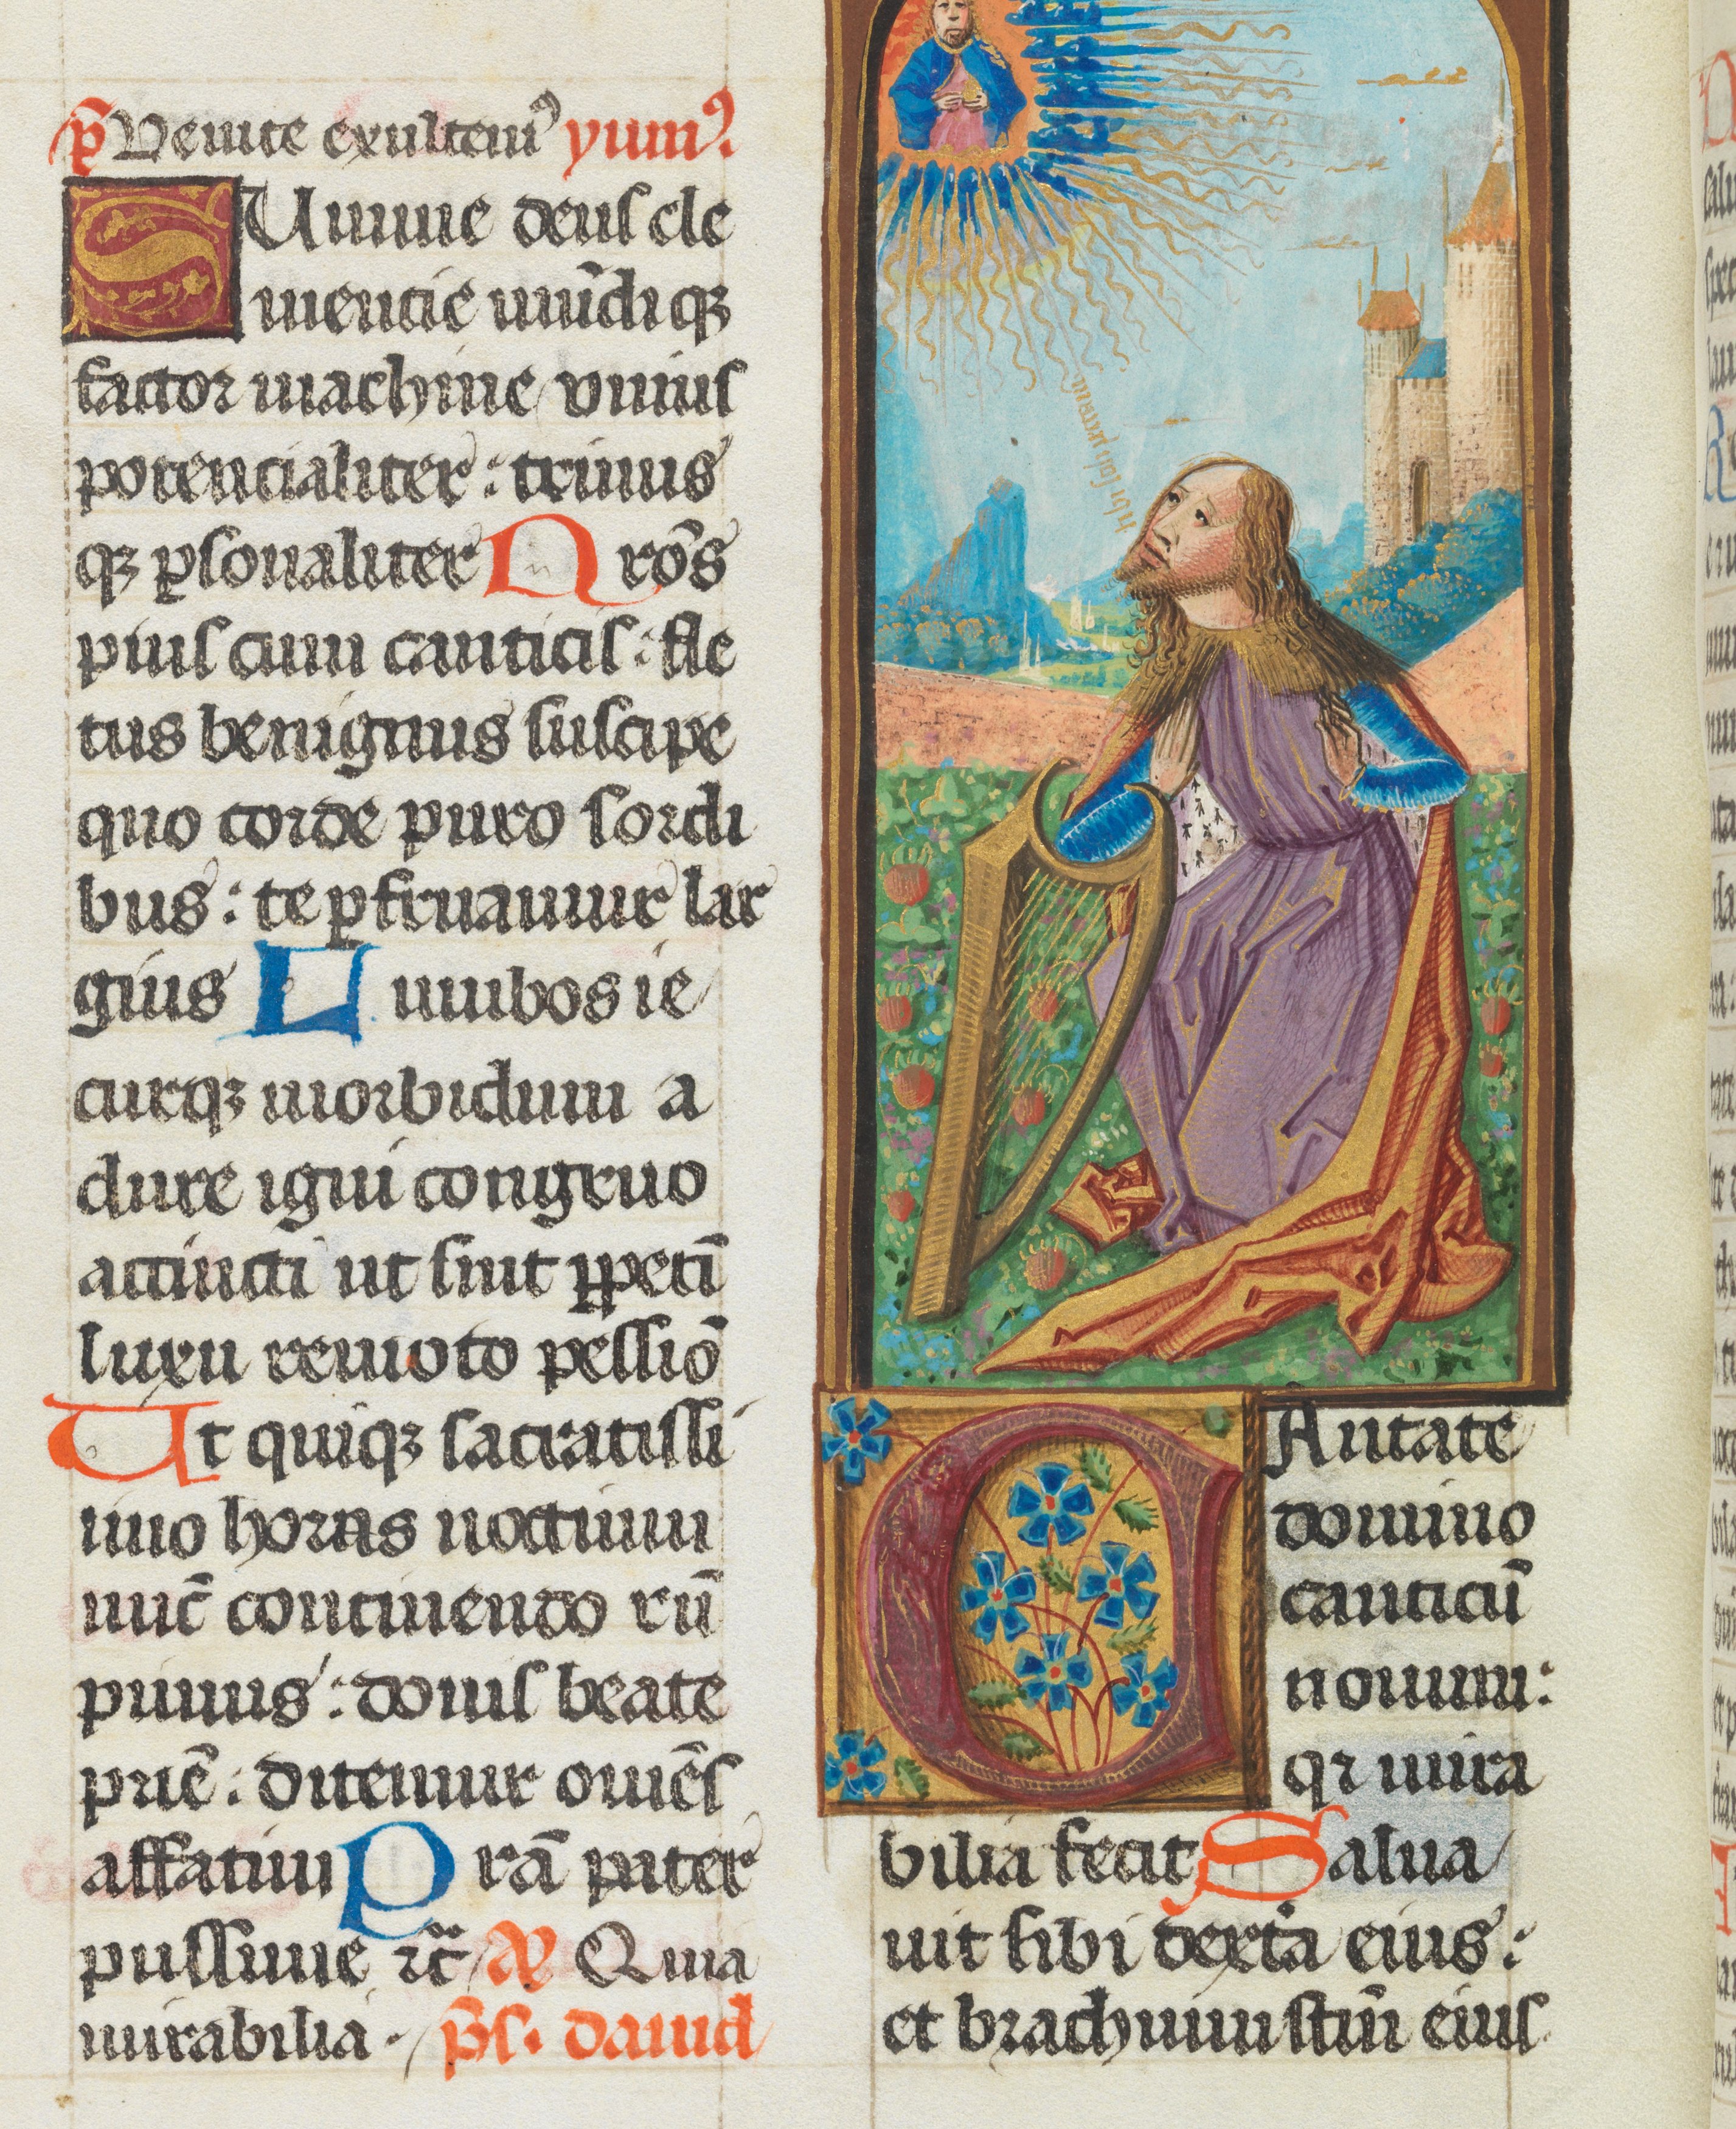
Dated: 1493–1493